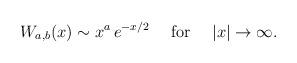
LaTeX: \begin{align*}W_{a, b}(x) \sim x^a \, e^{-x/2}~~~~{\rm for}~~~~|x| \rightarrow \infty.\end{align*}